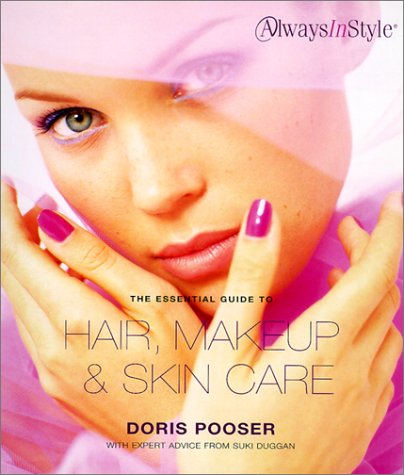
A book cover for The Essential Guide to Hair, Makeup, and Skin Care (Always in Style); Doris Pooser; Health, Fitness & Dieting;